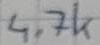
Text: 4.7k